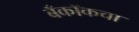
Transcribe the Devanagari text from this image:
बँकॉकचा